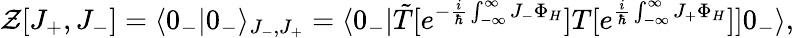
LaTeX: \mathcal{Z}[J_{+},J_{-}]=\langle0_{-}|0_{-}\rangle_{J_{-},J_{+}}=\langle0_{-}|\tilde{{T}}[e^{-\frac{{i}}{{\hbar}}\int_{-\infty}^{\infty}J_{-}\Phi_{H}}]T[e^{\frac{{i}}{{\hbar}}\int_{-\infty}^{\infty}J_{+}\Phi_{H}}]]0_{-}\rangle,